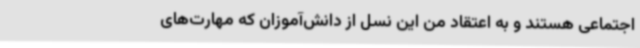
اجتماعی هستند و به اعتقاد من این نسل از دانش‌آموزان که مهارت‌های